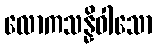
လောကသန္နိဝါသော